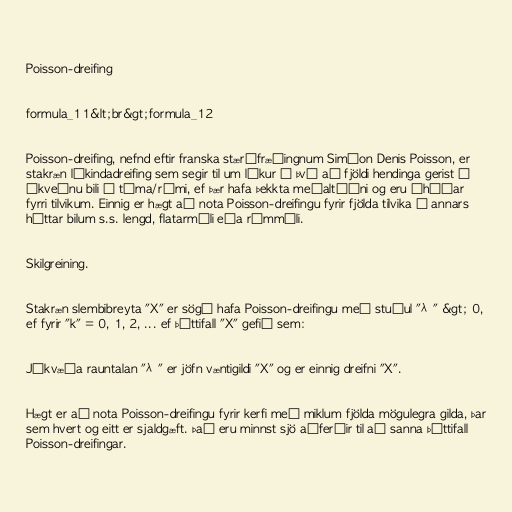
Poisson-dreifing

formula_11&lt;br&gt;formula_12

Poisson-dreifing, nefnd eftir franska stærðfræðingnum Siméon Denis Poisson, er
stakræn líkindadreifing sem segir til um líkur á því að fjöldi hendinga gerist á
ákveðnu bili í tíma/rúmi, ef þær hafa þekkta meðaltíðni og eru óháðar
fyrri tilvikum. Einnig er hægt að nota Poisson-dreifingu fyrir fjölda tilvika á annars
háttar bilum s.s. lengd, flatarmáli eða rúmmáli.

Skilgreining.

Stakræn slembibreyta "X" er sögð hafa Poisson-dreifingu með stuðul "λ" &gt; 0,
ef fyrir "k" = 0, 1, 2, ... ef þéttifall "X" gefið sem:

Jákvæða rauntalan "λ" er jöfn væntigildi "X" og er einnig dreifni "X".

Hægt er að nota Poisson-dreifingu fyrir kerfi með miklum fjölda mögulegra gilda, þar
sem hvert og eitt er sjaldgæft. Það eru minnst sjö aðferðir til að sanna þéttifall
Poisson-dreifingar.